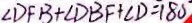
\angle D F B + \angle D B F + \angle D = 1 8 0 ^ { \circ }